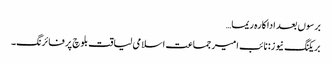
برسوں بعد اداکارہ ریما…
بریکنگ نیوز: نائب امیر جماعت اسلامی لیاقت بلوچ پر فائرنگ۔